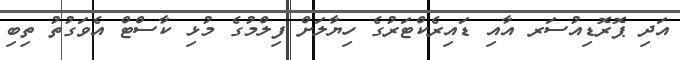
އަދި ޕޮރޮޑިއުސަރ އާއި ޑައިރެކްޓަރުގެ ހިޔާލަށް ފިލްމުގެ މުޅި ކާސްޓް އެވަގުތު ތިބި